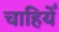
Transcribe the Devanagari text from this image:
चाहियेँ